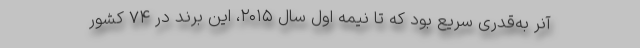
آنر به‌قدری سریع بود که تا نیمه اول سال ۲۰۱۵، این برند در ۷۴ کشور